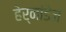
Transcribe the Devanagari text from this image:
हेर्नांडेज